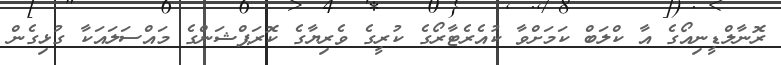
ރޮނާލްޑީނިއޯގެ އާ ކްލަބް ކަމަށްވާ ކުއެރެޓާރޯގެ ކުރީގެ ވެރިޔާގެ ކޮރަޕްޝަންގެ މައްސަލައަކާ ގުޅިގެން